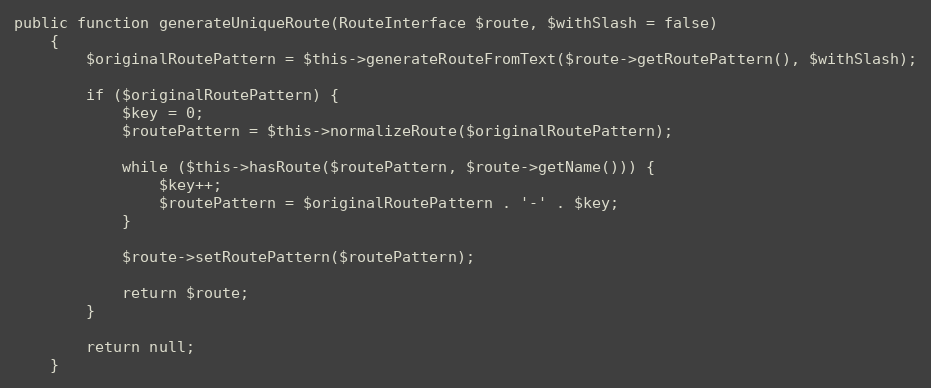
Language: PHP
public function generateUniqueRoute(RouteInterface $route, $withSlash = false)
    {
        $originalRoutePattern = $this->generateRouteFromText($route->getRoutePattern(), $withSlash);

        if ($originalRoutePattern) {
            $key = 0;
            $routePattern = $this->normalizeRoute($originalRoutePattern);

            while ($this->hasRoute($routePattern, $route->getName())) {
                $key++;
                $routePattern = $originalRoutePattern . '-' . $key;
            }

            $route->setRoutePattern($routePattern);

            return $route;
        }

        return null;
    }